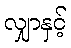
လျှာနှင့်